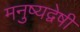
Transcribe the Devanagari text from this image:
मनुष्यद्वेषी